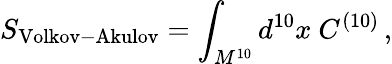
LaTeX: S_{\mathrm{Volkov-Akulov}}=\int_{M^{10}}d^{10}x\ C^{(10)}\, ,